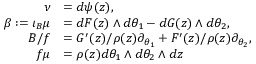
\begin{array} { r l } { \nu } & { = d \psi ( z ) , } \\ { \beta : = \iota _ { B } \mu } & { = d F ( z ) \wedge d \theta _ { 1 } - d G ( z ) \wedge d \theta _ { 2 } , } \\ { B / f } & { = G ^ { \prime } ( z ) / \rho ( z ) \partial _ { \theta _ { 1 } } + F ^ { \prime } ( z ) / \rho ( z ) \partial _ { \theta _ { 2 } } , } \\ { f \mu } & { = \rho ( z ) d \theta _ { 1 } \wedge d \theta _ { 2 } \wedge d z } \end{array}